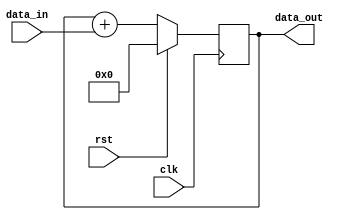
module simple_accumulator (
    input wire clk,
    input wire rst,
    input wire [31:0] data_in,
    output reg [31:0] data_out
);

reg [31:0] accumulator;

always @(posedge clk) begin
    if (rst) begin
        accumulator <= 32'h0;
    end else begin
        accumulator <= accumulator + data_in;
    end
end

assign data_out = accumulator;

endmodule